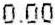
0.00